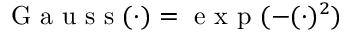
\mathrm { ~ G ~ a ~ u ~ s ~ s ~ } ( \cdot ) = \mathrm { ~ e ~ x ~ p ~ } ( - ( \cdot ) ^ { 2 } )